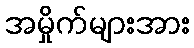
အမှိုက်များအား